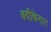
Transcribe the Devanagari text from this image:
बदीकेदार